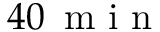
4 0 \, \mathrm { ~ m ~ i ~ n ~ }